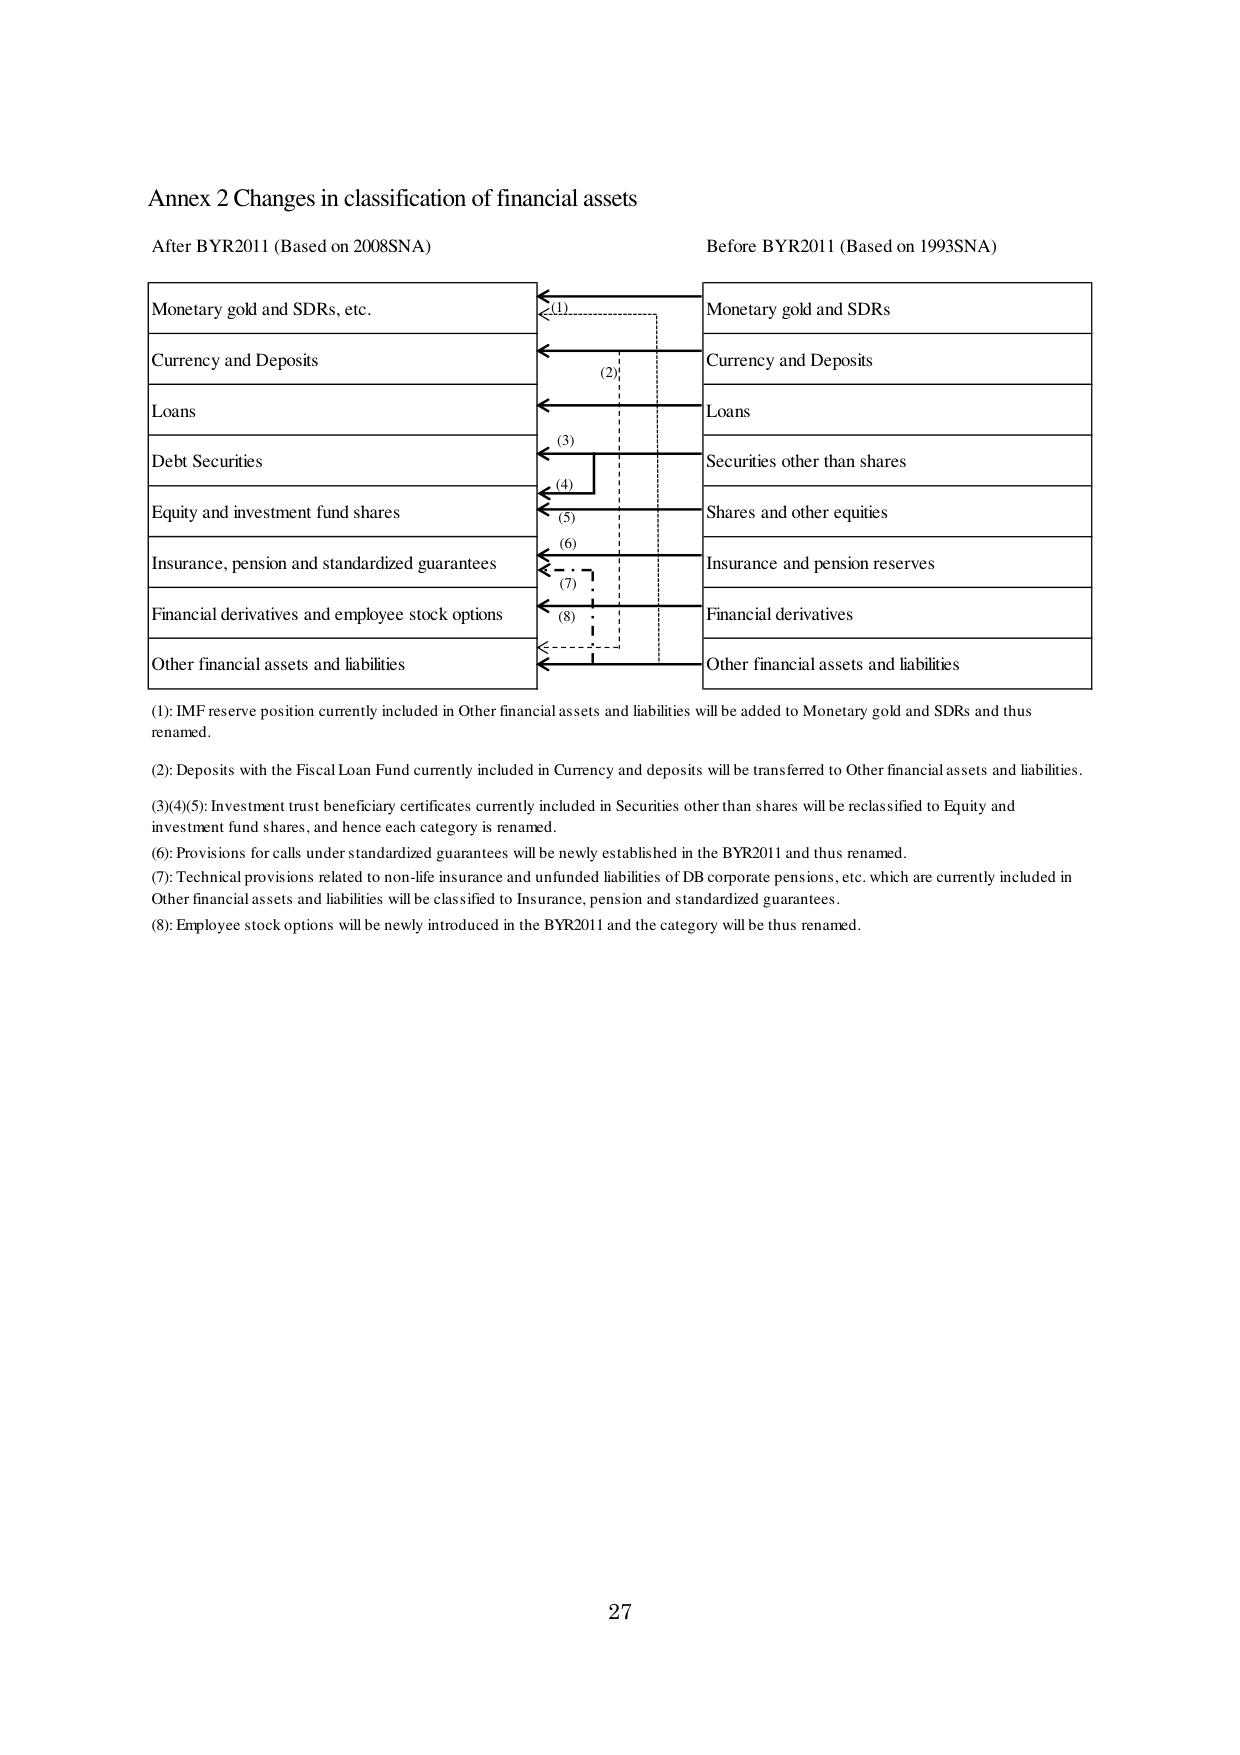
Annex 2 Changes in classification of financial assets

After BYR2011 (Based on 2008SNA)                      Before BYR2011 (Based on 1993SNA)

Monetary gold and SDRs, etc.                             Monetary gold and SDRs
Currency and Deposits                                    Currency and Deposits
Loans                                                    Loans
Debt Securities                                          Securities other than shares
Equity and investment fund shares                        Shares and other equities
Insurance, pension and standardized guarantees           Insurance and pension reserves
Financial derivatives and employee stock options         Financial derivatives
Other financial assets and liabilities                   Other financial assets and liabilities

(1): IMF reserve position currently included in Other financial assets and liabilities will be added to Monetary gold and SDRs and thus renamed.

(2): Deposits with the Fiscal Loan Fund currently included in Currency and deposits will be transferred to Other financial assets and liabilities.

(3)(4)(5): Investment trust beneficiary certificates currently included in Securities other than shares will be reclassified to Equity and investment fund shares, and hence each category is renamed.

(6): Provisions for calls under standardized guarantees will be newly established in the BYR2011 and thus renamed.

(7): Technical provisions related to non-life insurance and unfunded liabilities of DB corporate pensions, etc. which are currently included in Other financial assets and liabilities will be classified to Insurance, pension and standardized guarantees.

(8): Employee stock options will be newly introduced in the BYR2011 and the category will be thus renamed.

27